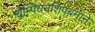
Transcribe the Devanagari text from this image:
चैम्पियनशिपबनाने